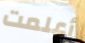
أعلمت